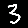
Digit: 3